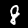
Digit: 8